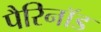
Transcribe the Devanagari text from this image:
पैरिनॉड